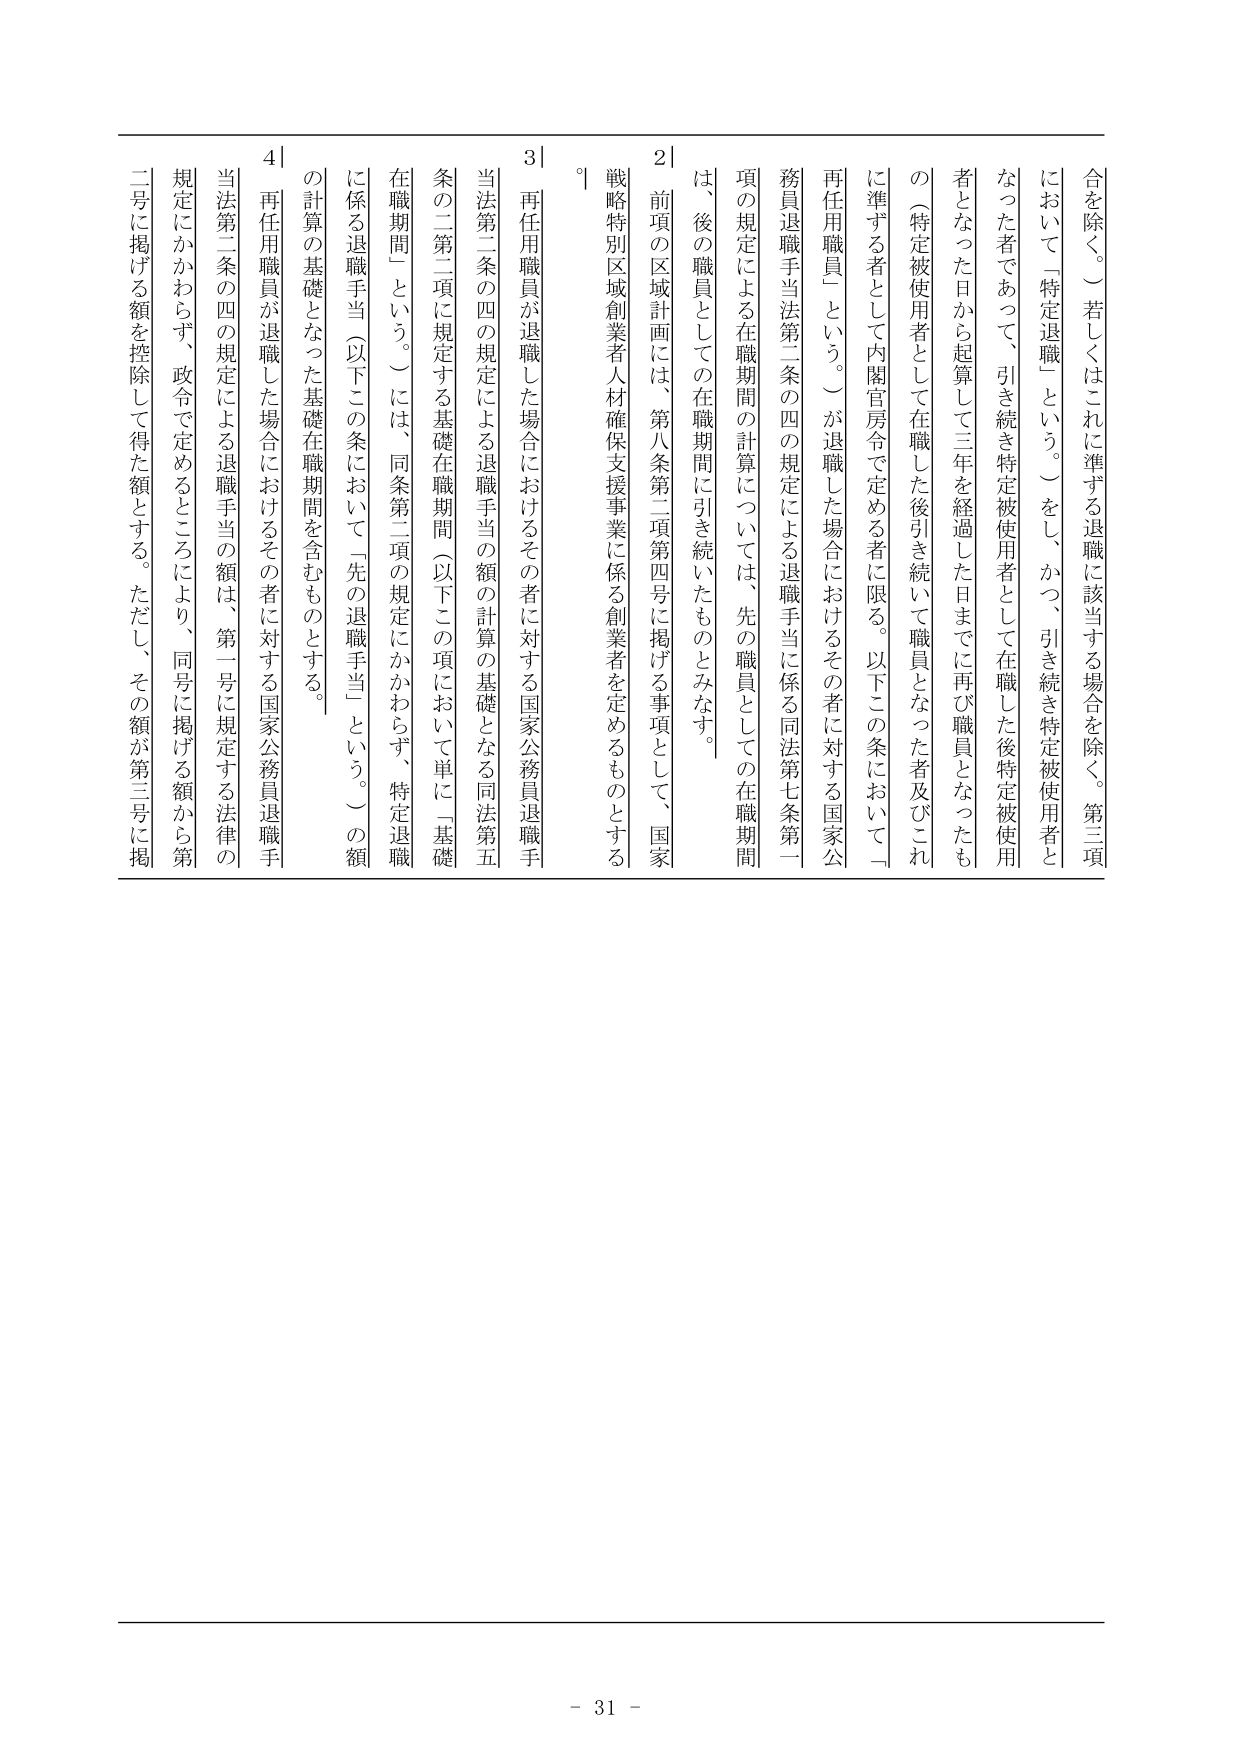
合を除く。）若しくはこれに準ずる退職に該当する場合を除く。第三項
において「特定退職」という。）をし、かつ、引き続き特定被使用者と
なった者であって、引き続き特定被使用者として在職した後特定被使用
者となった日から起算して三年を経過した日までに再び職員となったも
の（特定被使用者として在職した後引き続いて職員となった者及びこれ
に準ずる者として内閣官房令で定める者に限る。以下この条において「
再任用職員」という。）が退職した場合におけるその者に対する国家公
務員退職手当法第二条の四の規定による退職手当に係る同法第七条第一
項の規定による在職期間の計算については、先の職員としての在職期間
は、後の職員としての在職期間に引き続いたものとみなす。
２ 前項の区域計画には、第八条第二項第四号に掲げる事項として、国家
戦略特別区域創業者人材確保支援事業に係る創業者を定めるものとする
。
３ 再任用職員が退職した場合におけるその者に対する国家公務員退職手
当法第二条の四の規定による退職手当の額の計算の基礎となる同法第五
条の二第二項に規定する基礎在職期間（以下この項において単に「基礎
在職期間」という。）には、同条第二項の規定にかかわらず、特定退職
に係る退職手当（以下この条において「先の退職手当」という。）の額
の計算の基礎となった基礎在職期間を含むものとする。
４ 再任用職員が退職した場合におけるその者に対する国家公務員退職手
当法第二条の四の規定による退職手当の額は、第一号に規定する法律の
規定にかかわらず、政令で定めるところにより、同号に掲げる額から第
二号に掲げる額を控除して得た額とする。ただし、その額が第三号に掲
- 31 -